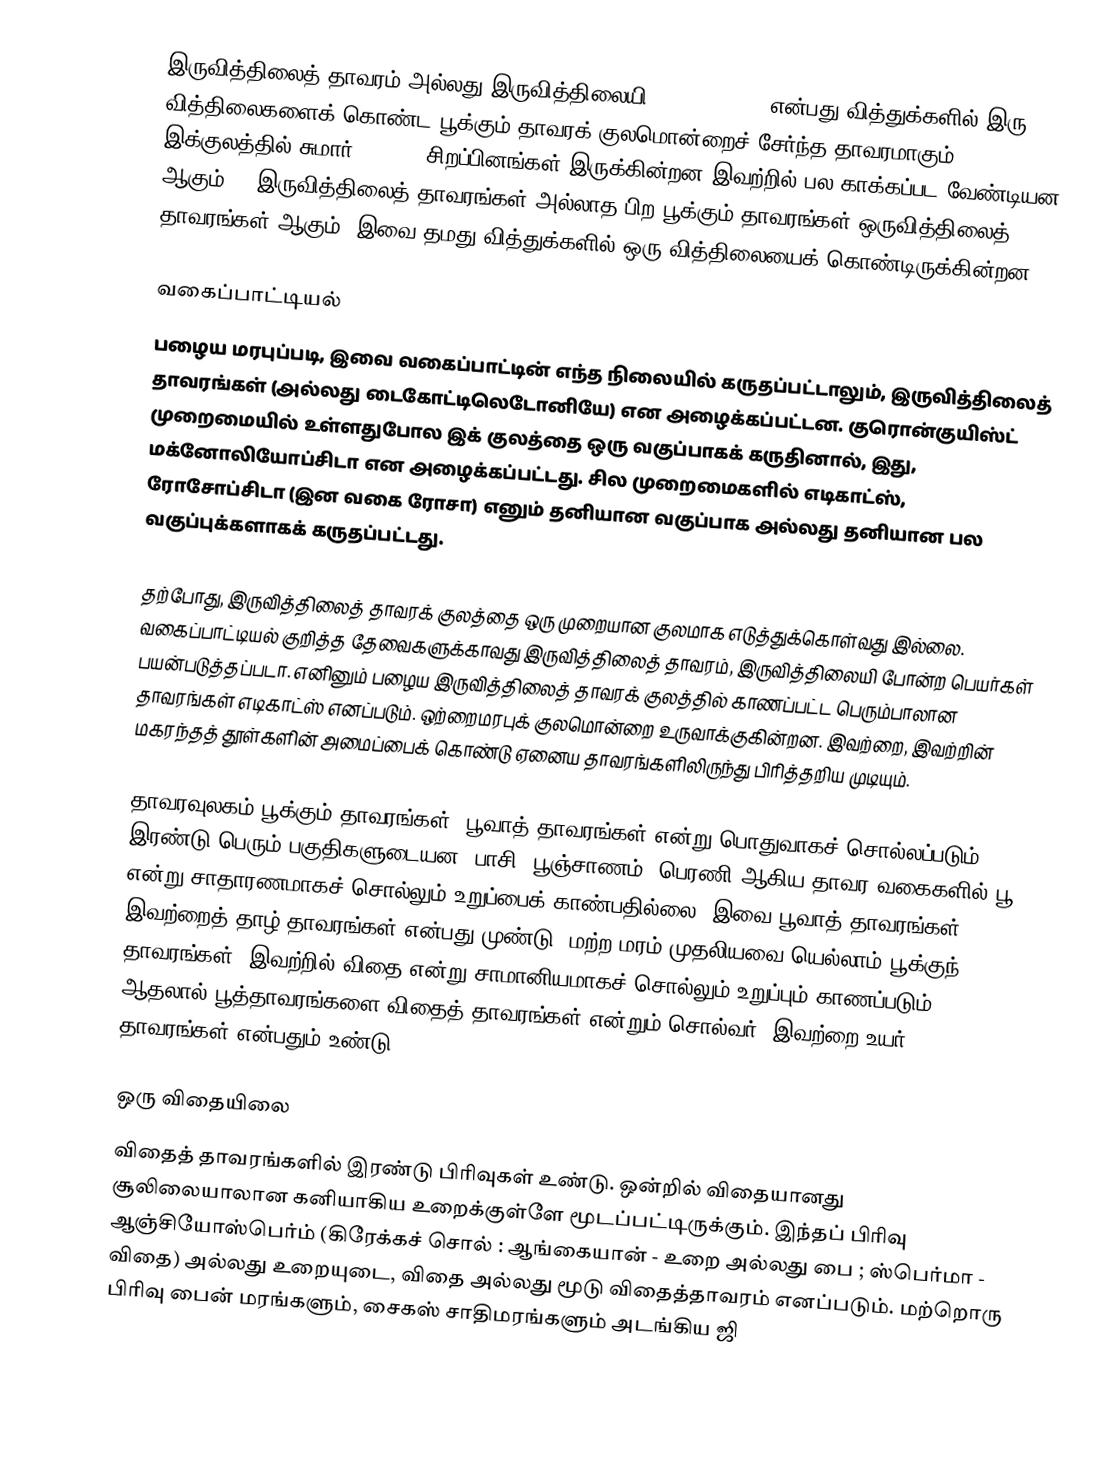
இருவித்திலைத் தாவரம் அல்லது இருவித்திலையி (Dicotyledon) என்பது வித்துக்களில் இரு வித்திலைகளைக் கொண்ட பூக்கும் தாவரக் குலமொன்றைச் சேர்ந்த தாவரமாகும். இக்குலத்தில் சுமார் 199,350 சிறப்பினங்கள் இருக்கின்றன  இவற்றில் பல காக்கப்பட வேண்டியன ஆகும். . இருவித்திலைத் தாவரங்கள் அல்லாத பிற பூக்கும் தாவரங்கள் ஒருவித்திலைத் தாவரங்கள் ஆகும். இவை தமது வித்துக்களில் ஒரு வித்திலையைக் கொண்டிருக்கின்றன.

வகைப்பாட்டியல்
பழைய மரபுப்படி, இவை வகைப்பாட்டின் எந்த நிலையில் கருதப்பட்டாலும், இருவித்திலைத் தாவரங்கள் (அல்லது டைகோட்டிலெடோனியே) என அழைக்கப்பட்டன. குரொன்குயிஸ்ட் முறைமையில் உள்ளதுபோல இக் குலத்தை ஒரு வகுப்பாகக் கருதினால், இது, மக்னோலியோப்சிடா என அழைக்கப்பட்டது. சில முறைமைகளில் எடிகாட்ஸ், ரோசோப்சிடா (இன வகை ரோசா) எனும் தனியான வகுப்பாக அல்லது தனியான பல வகுப்புக்களாகக் கருதப்பட்டது.

தற்போது, இருவித்திலைத் தாவரக் குலத்தை ஒரு முறையான குலமாக எடுத்துக்கொள்வது இல்லை. வகைப்பாட்டியல் குறித்த தேவைகளுக்காவது இருவித்திலைத் தாவரம், இருவித்திலையி போன்ற பெயர்கள் பயன்படுத்தப்படா. எனினும் பழைய இருவித்திலைத் தாவரக் குலத்தில் காணப்பட்ட பெரும்பாலான தாவரங்கள் எடிகாட்ஸ் எனப்படும். ஒற்றைமரபுக் குலமொன்றை உருவாக்குகின்றன. இவற்றை, இவற்றின் மகரந்தத் தூள்களின் அமைப்பைக் கொண்டு ஏனைய தாவரங்களிலிருந்து பிரித்தறிய முடியும்.

தாவரவுலகம் பூக்கும் தாவரங்கள், பூவாத் தாவரங்கள் என்று பொதுவாகச் சொல்லப்படும் இரண்டு பெரும் பகுதிகளுடையன. பாசி, பூஞ்சாணம், பெரணி ஆகிய தாவர வகைகளில் பூ என்று சாதாரணமாகச் சொல்லும் உறுப்பைக் காண்பதில்லை. இவை பூவாத் தாவரங்கள். இவற்றைத் தாழ் தாவரங்கள் என்பது முண்டு. மற்ற மரம் முதலியவை யெல்லாம் பூக்குந் தாவரங்கள். இவற்றில் விதை என்று சாமானியமாகச் சொல்லும் உறுப்பும் காணப்படும். ஆதலால் பூத்தாவரங்களை விதைத் தாவரங்கள் என்றும் சொல்வர். இவற்றை உயர் தாவரங்கள் என்பதும் உண்டு.

ஒரு விதையிலை
விதைத் தாவரங்களில் இரண்டு பிரிவுகள் உண்டு. ஒன்றில் விதையானது சூலிலையாலான கனியாகிய உறைக்குள்ளே மூடப்பட்டிருக்கும். இந்தப் பிரிவு ஆஞ்சியோஸ்பெர்ம் (கிரேக்கச் சொல் : ஆங்கையான் - உறை அல்லது பை ; ஸ்பெர்மா - விதை) அல்லது உறையுடை, விதை அல்லது மூடு விதைத்தாவரம் எனப்படும். மற்றொரு பிரிவு பைன் மரங்களும், சைகஸ் சாதிமரங்களும் அடங்கிய ஜி